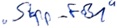
Text: "Stopp-FB1"